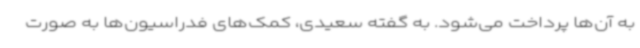
به آن‌ها پرداخت می‌شود. به گفته سعیدی، کمک‌های فدراسیون‌ها به صورت